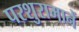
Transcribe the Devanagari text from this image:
परशुरामानें